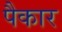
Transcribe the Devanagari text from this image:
पैकार